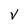
Character: v